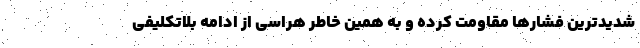
شدیدترین فشارها مقاومت کرده و به همین خاطر هراسی از ادامه بلاتکلیفی